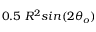
0 . 5 \ R ^ { 2 } s i n ( 2 \theta _ { o } )